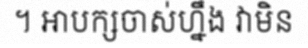
។ អាបក្សចាស់ហ្នឹង វាមិន